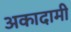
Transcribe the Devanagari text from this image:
अकादामी